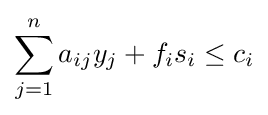
\sum _{j=1}^{n}a_{ij}y_{j}+f_{i}s_{i}\leq c_{i}